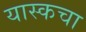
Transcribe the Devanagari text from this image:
यास्कचा